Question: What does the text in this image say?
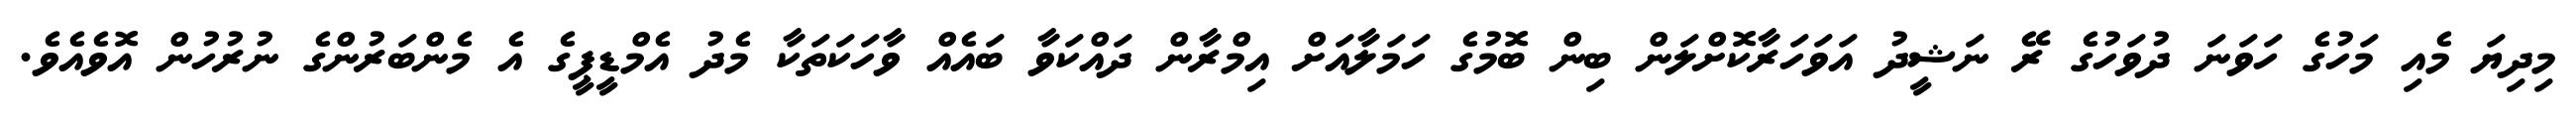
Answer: މިދިޔަ މެއި މަހުގެ ހަވަނަ ދުވަހުގެ ރޭ ނަޝީދު އަވަހަރާކޮށްލަން ބިން ބޮމުގެ ހަމަލާއަށް އިމްރާން ދައްކަވާ ބައެއް ވާހަކަތަކާ މެދު އެމްޑީޕީގެ އެ މެންބަރުންގެ ނުރުހުން އޮވެއެވެ.